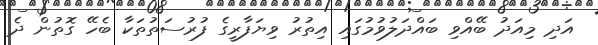
އަދި މިއަދު ބޭއްވި ބައްދަލުވުމުގައި އިތުރު ވިޔަފާރީގެ ފުރުސަތުތަކާ ބެހޭ ގޮތުން ދެ